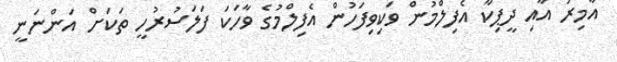
އާމިރު އާއި ދީޕިކާ އެފިލްމުން ވަކިވިފަހުން އެފިލްމުގެ ވާހަކަ ފަލަސުރުހީ ތަކަށް އަންނަނީ